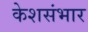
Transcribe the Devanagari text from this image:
केशसंभार